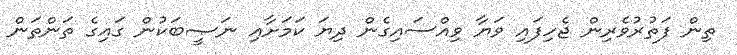
ތިން ފަތުރުވެރިން ޖެހިފައި ވަޔާ ވިއްސައިގެން ދިޔަ ކަމަށާއި ނަޞީބަކުން ގައިގެ ތަންތަން